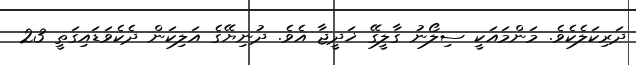
ދަރިކަލެކެވެ. މަންމައަކީ ސިލޯނު ގާލީގޭ ޚަދީޖާ އެވެ. ދުނިޔޭގެ އަލިކަން ދެކެވަޑައިގަތީ 23